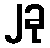
၂ခု